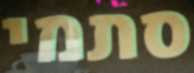
סתמי